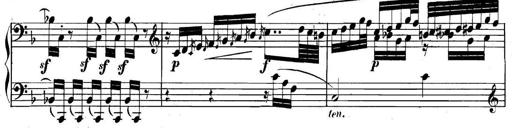
Title: Collected Piano Sonatas
Composer: Muzio Clementi